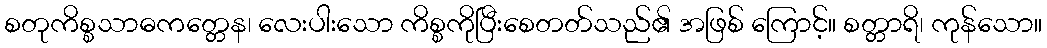
စတုကိစ္စသာဓကတ္တေန၊ လေးပါးသော ကိစ္စကိုပြီးစေတတ်သည်၏ အဖြစ် ကြောင့်။ စတ္တာရိ၊ ကုန်သော။